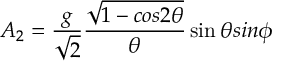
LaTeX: A _ { 2 } = \frac { g } { \sqrt 2 } \frac { \sqrt { 1 - c o s 2 { \theta } } } { { \theta } } \sin { \theta } s i n { \phi }